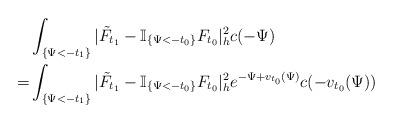
LaTeX: \begin{align*}&\int_{\{\Psi<-t_1\}}|\tilde{F}_{t_1}-\mathbb{I}_{\{\Psi< -t_0\}}F_{t_0}|^2_hc(-\Psi)\\= &\int_{\{\Psi<-t_1\}}|\tilde{F}_{t_1}-\mathbb{I}_{\{\Psi< -t_0\}}F_{t_0}|^2_he^{-\Psi+v_{t_0}(\Psi)}c(-v_{t_0}(\Psi))\\\end{align*}